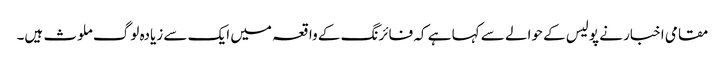
مقامی اخبار نے پولیس کے حوالے سے کہا ہے کہ فائرنگ کے واقعہ میں ایک سے زیادہ لوگ ملوث ہیں۔